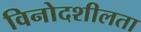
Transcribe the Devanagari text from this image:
विनोदशीलता